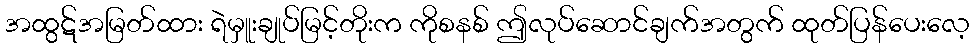
အထွဋ်အမြတ်ထား ရဲမှူးချုပ်မြင့်တိုးက ကိုစနစ် ဤလုပ်ဆောင်ချက်အတွက် ထုတ်ပြန်ပေးလေ့